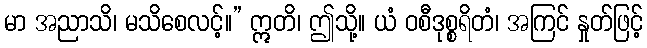
မာ အညာသိ၊ မသိစေလင့်။” ဣတိ၊ ဤသို့။ ယံ ဝစီဒုစ္စရိတံ၊ အကြင် နှုတ်ဖြင့်